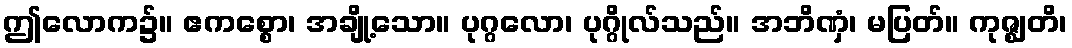
ဤလောက၌။ ဧကစ္စော၊ အချို့သော။ ပုဂ္ဂလော၊ ပုဂ္ဂိုလ်သည်။ အဘိဏှံ၊ မပြတ်။ ကုဇ္ဈတိ၊